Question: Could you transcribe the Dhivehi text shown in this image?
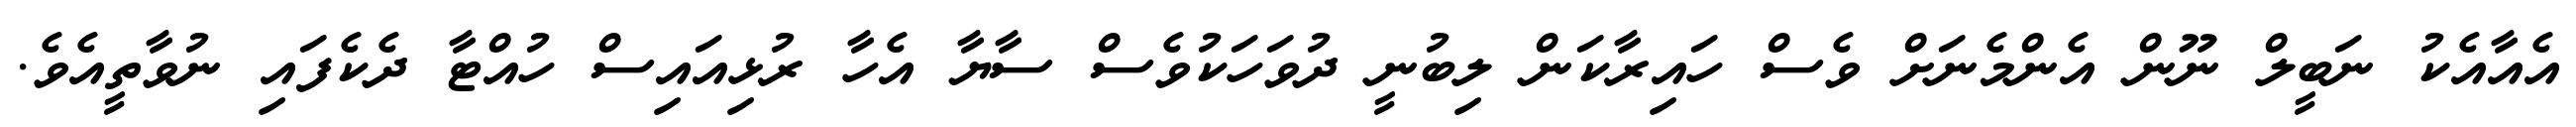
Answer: އެއާއެކު ނަބީލް ނޫން އެންމެނަށް ވެސް ހައިރާކަން ލިބުނީ ދުވަހަކުވެސް ސާޔާ އެހާ ރުޅިއައިސް ހުއްޓާ ދެކެފައި ނުވާތީއެވެ.